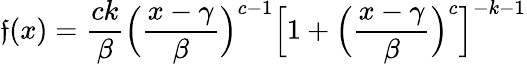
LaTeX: \mathfrak{f}(x)={\frac{{ck}}{{\beta}}}{\Big(}{\frac{{x-\gamma}}{{\beta}}}{\Big)}^{c-1}{\Big[}1+{\Big(}{\frac{{x-\gamma}}{{\beta}}}{\Big)}^{c}{\Big]}^{-k-1}